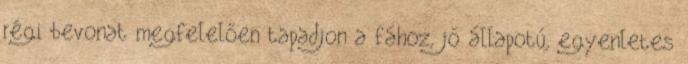
régi bevonat megfelelően tapadjon a fához, jó állapotú, egyenletes